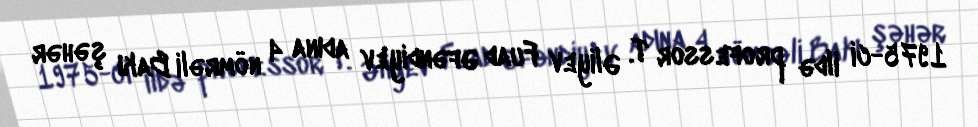
1975-ci ildə professor T. Əliyev Fuad Əfəndiyev adına 4 nömrəli Bakı şəhər